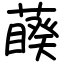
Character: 藈